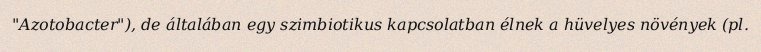
"Azotobacter"), de általában egy szimbiotikus kapcsolatban élnek a hüvelyes növények (pl.